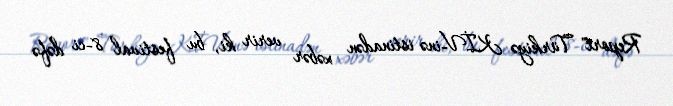
Report" Türkiyə KİV-inə istinadən xəbər verir ki, bu festival 8-ci dəfə